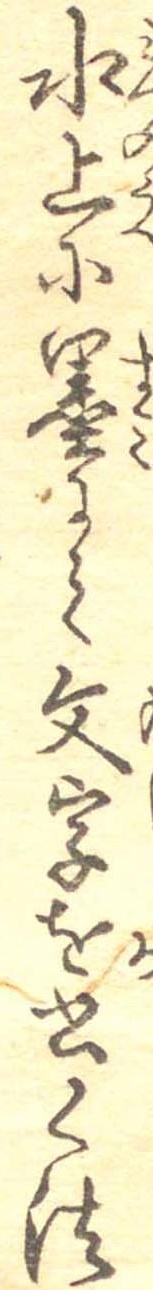
水上に墨にて文字を書く法